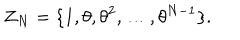
LaTeX: { \mathbf Z } _ { N } = \{ 1 , \theta , { \theta } ^ { 2 } , \dots , { \theta } ^ { N - 1 } \} .